Civil Veterinary Dept. Bombay admin report 1907-1913 - 1907-1913
Year: 1907
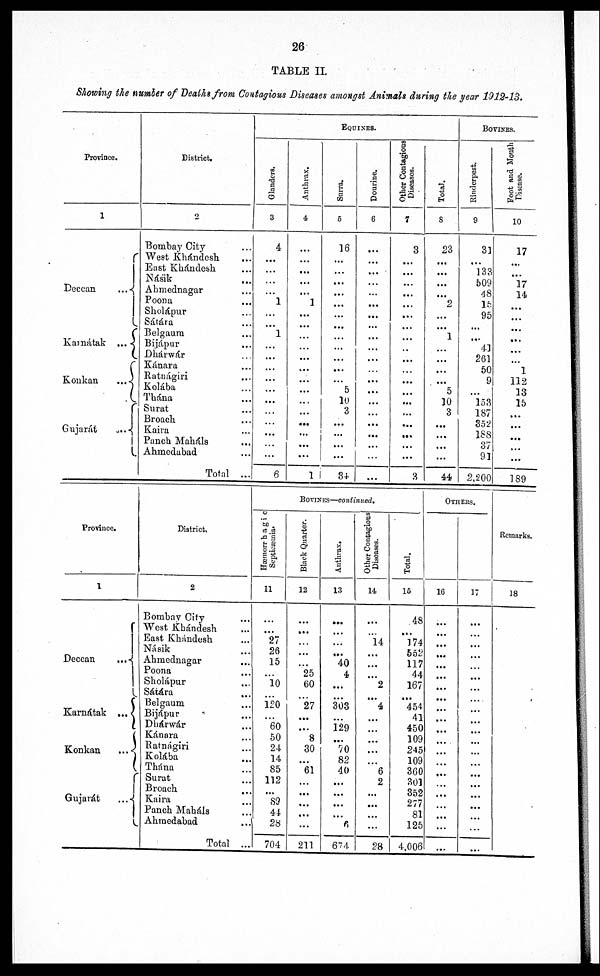
26
TABLE II.
Showing the number of Deaths from Contagious Diseases amongst Animals during the year 1912-13.
Province.
1
Deccan
...
Karnátak ...
Konkan
...
Gujarát
...
District.
2
Bombay City ...
West Khándesh ...
East Khándesh ...
Násik
...
Ahmednagar ...
Poona ...
Sholápur ...
Sátára ...
Belgaum ...
Bijápur ...
Dhárwár ...
Kánara ...
Ratnágiri ...
Kolába ...
Thána ...
Surat ...
Broach ...
Kaira ...
Panch Maháls ...
Ahmedabad ...
Total ...
EQUINES.
Glanders.
3
4
...
...
...
...
1
...
...
1
...
...
...
...
...
...
...
...
...
...
...
6
Anthrax.
4
...
...
...
...
...
1
...
...
...
...
...
...
...
...
...
...
...
...
...
...
1
Surra.
5
16
...
...
...
...
...
...
...
...
...
...
... 5
10
3
...
...
...
...
34
Dourine.
6
...
...
...
...
...
...
...
...
...
...
...
...
...
...
...
...
...
...
...
...
...
Other Contagions
Diseases.
7
3
...
...
...
...
...
...
...
...
..
...
...
...
...
...
...
...
...
...
...
8
Total.
8
23
...
...
...
...
2
...
...
1
...
...
...
...
5
10
3
...
...
...
...
44
BOVINES.
Rinderpest.
9
31
...
133
509
48
15
95
...
...
41
261
50
9
...
153
187
352
188
37
91
2,200
Foot and Month
Disease.
10
17
...
...
17
14
...
...
...
...
...
...
1
112
13
15
...
...
...
...
189
Province.
1
Deccan
...
Karnátak ...
Konkan
...
Gujarát
...
District.
2
Bombay City ...
West Kbándesh ...
East Khándesh ...
Násik ...
Ahmednagar ...
Poona ...
Sholápur ...
Sátára ...
Belgaum ...
Bijápur ...
Dbárwár ...
Kánara ...
Ratnágiri ...
Kolába ...
Thána ...
Surat ...
Broach ...
Kaira ...
Panch Mabáls ...
Ahmedabad ...
Total ...
BOVINES—continued.
Hæmorrhagic
11
...
...
27
26
15
...
10
...
120
...
60
50
24
14
85
112
...
89
44
28
704
Black Quarter.
12
...
...
...
...
...
25
60
...
27
...
...
8
30
...
61
...
...
...
...
...
211
Anthrax.
13
...
...
...
...
40
4
...
...
303
...
129
...
70
82
40
...
...
...
...
6
674
Other Contagions
Discases.
14
...
...
14
...
...
...
2
...
4
...
...
...
...
...
6
2
...
...
...
...
28
Total.
16
48
...
174
552
117
44
167
...
454
41
450
109
245
109
360
301
852
277
81
125
4,006
OTHERS.
16
...
...
...
...
...
...
...
...
...
...
...
...
...
...
...
...
...
...
...
...
17
...
...
...
...
...
...
...
...
...
...
...
...
...
...
...
...
...
...
...
...
...
Remarks.
18